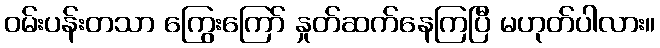
ဝမ်းပန်းတသာ ကြွေးကြော် နှုတ်ဆက်နေကြပြီ မဟုတ်ပါလား။